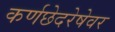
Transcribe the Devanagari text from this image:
कर्णछेदरेषेवर